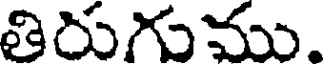
తిరుగుము.